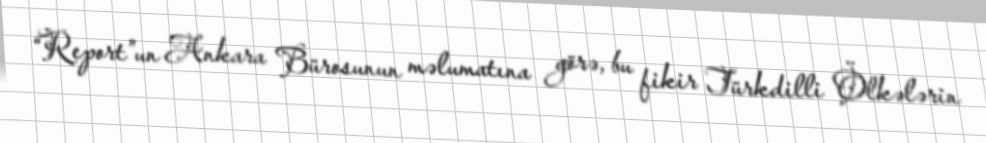
“Report”un Ankara Bürosunun məlumatına görə, bu fikir Türkdilli Ölkələrin